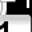
Digit: 1